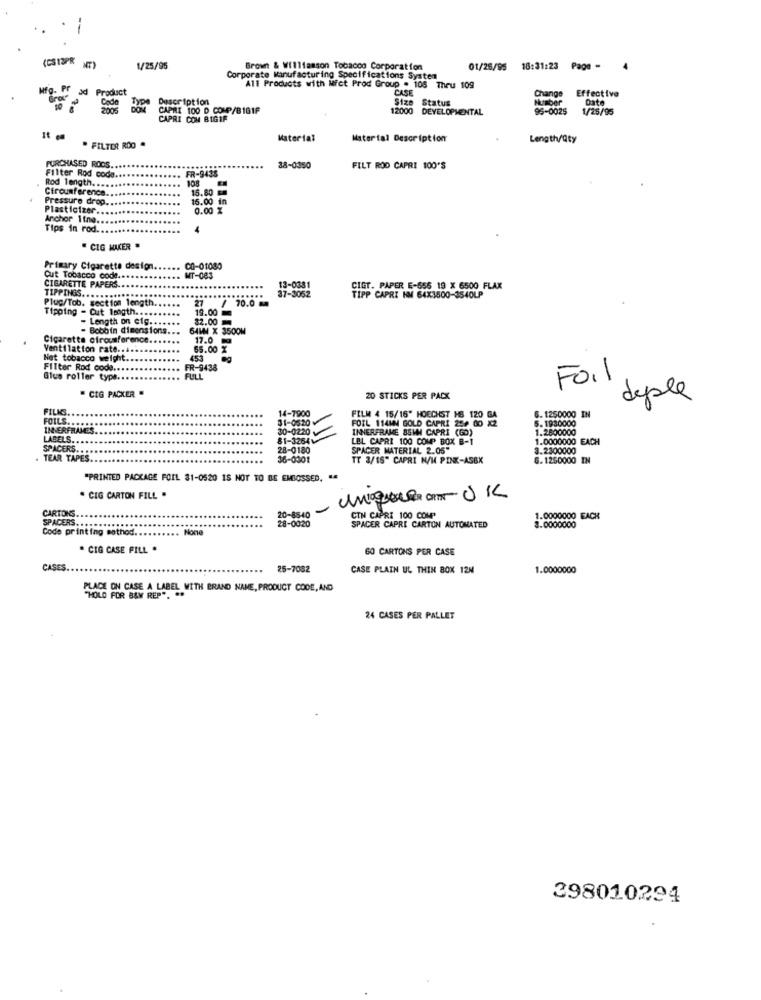
--
(CS 12PR
1/25/95
Brown & Williamson Tobacco Corporation
01/26/95 18:31:23 Page -
Corporate Manufacturing Specifications System
sd Product
All Products with Mfct Prod Group . 108 Thru 109
CASE
Change
Effective
Mfg.
Code
Description
Size Status
Number
Date
2005
CAPRI 100 D COMP/B161P
12000 DEVELOPMENTAL
12000
95-0025
1/25/95
CAPRI COM BIGIF
Material
Material Description
Length/Qty
" FILTER ROO .
PURCHASED ROOS.
Filter Rod coda
FR-9435
38-0350
FILT ROD CAPRI 100'S
Rod length ...
Cfrounference.
15.80
Pressure drop.
15.00 in
Plasticizer ..
0.00 %
Anchor 1tng
Tips in rod.
4
" CIG MAKER "
Primary Cigarette design.
CO-01080
Cut Tobacco code.
MT-083
CIGARETTE PAPERS
TIPPINGS ..
37-3052
13-0381
CIGT. PAPER E-556 19 X 6500 FLAX
Plug/Tob. section length.
/ 70.0 M
TIPP CAPRI IM 64X3500-3540LP
Tipoing - Cut Isogth ...
27
19.00
- Length on eig.
32.00
- Bobbin dimensions.
64MM X 3500M
Cigarette ofrousference.
17.0
Ventilation rate ....
65.00 2
Net tobacco weight
453
Filter Rod code ..
FR-9438
Glus roller type.
FULL
Foil
" CIG PACKER .
20 STICKS PER PACK
deple
FILMS.
14-7900
6. 1250000 IN
FOILS ..
31-0820
FILM 4 15/16" HOECHST HS 120 GA
FOIL 114MM GOLD CAPRI 256 00 X2
5.1930000
IN ERFRAMES
30-0220
INNERFRAME 85MM CAPRI (60)
1.2600000
LABELS.
81-3264
LEL CAPRI 100 COMP BOX B-1
1.0000000 EACH
SPACERS.
28-0180
SPACER MATERIAL 2.05"
3.2300000
TEAR TAPES
16-0301
TT 3/16" CAPRI N/M PINK-ASBX
G. 1250000 IN
"PRINTED PACKAGE FOIL 31-0520 IS NOT TO BE EMBOSSED, "
" CIG CARTON FILL "
CARTONS
20-8540
SPACERS.
28-0020
CIN CAPRI 100 COMP
1.0000000 EACH
Code printing method ..
SPACER CAPRI CARTON AUTOMATED
3.0000000
. CIG CASE FILL .
60 CARTONS PER CASE
CASE
25-7082
CASE PLAIN UL THIN BOX 12M
1.0000000
PLACE ON CASE A LABEL WITH BRAND NAME, PRODUCT CODE, AND
"HOLD FOR BAM REP .. ..
24 CASES PER PALLET
398010294